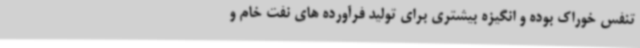
تنفس خوراک بوده و انگیزه بیشتری برای تولید فرآورده های نفت خام و